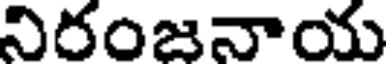
నిరంజనాయ